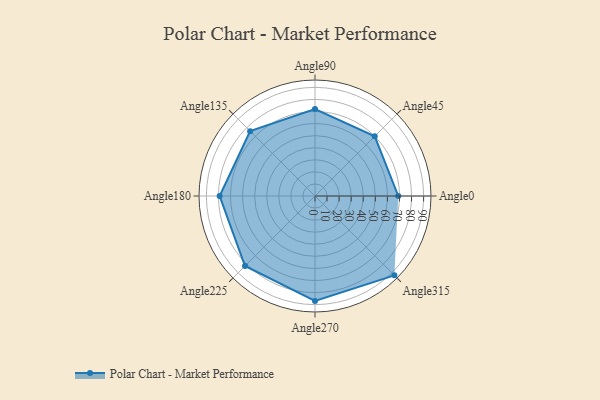
{"axis": {"x": "Angle", "y": "Radius"}, "legend": [""], "data": [{"x": "Angle0", "y": 69.0, "type": ""}, {"x": "Angle45", "y": 70.0, "type": ""}, {"x": "Angle90", "y": 72.0, "type": ""}, {"x": "Angle135", "y": 76.0, "type": ""}, {"x": "Angle180", "y": 79.0, "type": ""}, {"x": "Angle225", "y": 82.0, "type": ""}, {"x": "Angle270", "y": 87.0, "type": ""}, {"x": "Angle315", "y": 93.0, "type": ""}]}